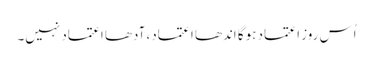
اُس روز اعتماد ہوگا اندھا اعتماد، آدھا اعتماد نہیں۔